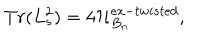
LaTeX: T r ( L _ { s } ^ { 2 } ) = 4 { \cal H } _ { B _ { n } } ^ { e x - t w i s t e d } ,